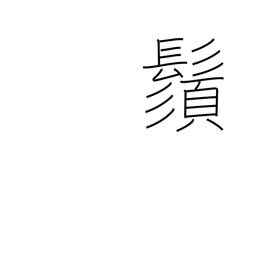
Meaning: mustache